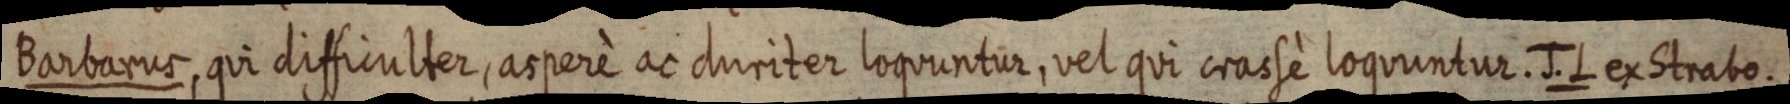
Barbarus, qui difficulter, arperè ac duriter loquuntur, vel qui crassè loquuntur. J. L ex Strabo.